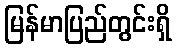
မြန်မာပြည်တွင်းရှိ